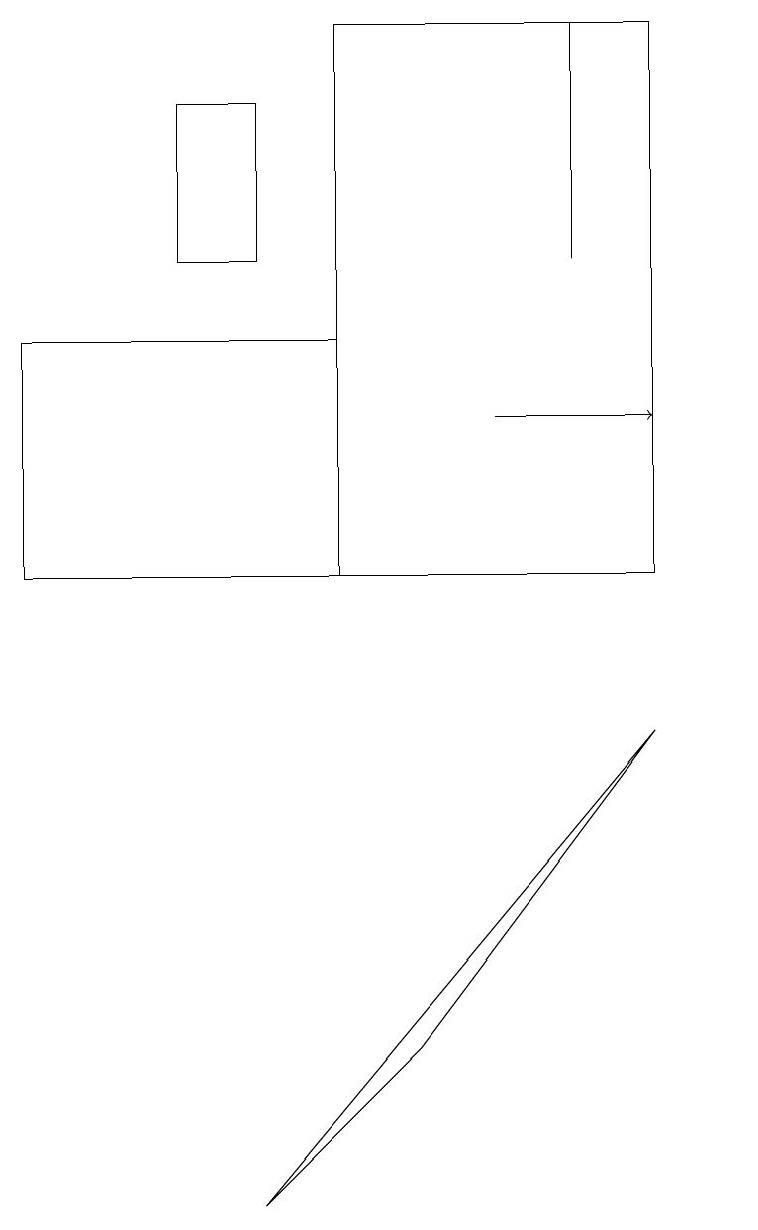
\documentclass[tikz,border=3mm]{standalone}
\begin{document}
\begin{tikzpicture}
\draw (9,13) rectangle (9,13);
\draw (7,15) rectangle (7,18);
\draw (0,11) rectangle (4,14);
\draw (8,9) -- (3,3) -- (5,5) -- cycle;
\draw (4,11) rectangle (8,18);
\draw[->] (6,13) -- (8,13);
\draw (3,15) rectangle (2,17);
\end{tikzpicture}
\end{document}